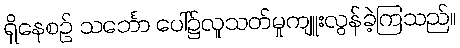
ရှိနေစဉ် သင်္ဘော ပေါ်၌လူသတ်မှုကျူးလွန်ခဲ့ကြသည်။